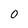
Character: 0